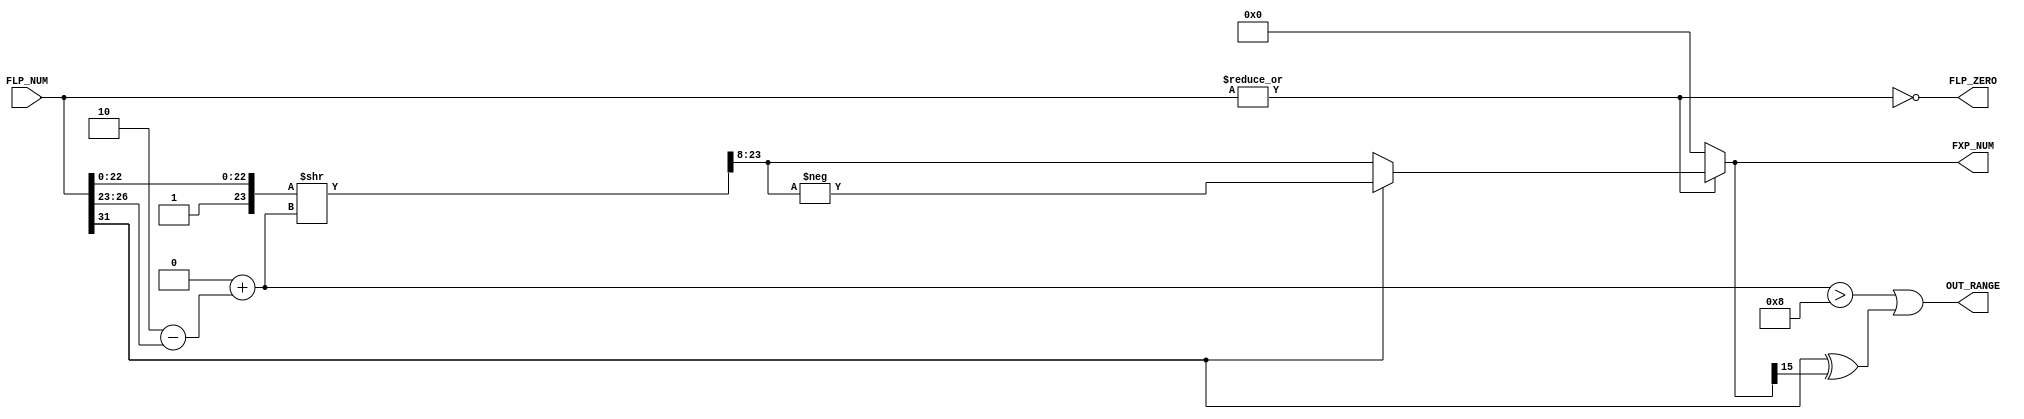
`timescale 1ns / 1ps
//////////////////////////////////////////////////////////////////////////////////
// Company: 
// Engineer: 
// 
// Design Name: 
// Module Name: float_to_fixed_converter
// Project Name: 
// Target Devices: 
// Tool Versions: 
// Description: 
// 
// Dependencies: 
// 
// Revision:
// Revision 0.01 - File Created
// Additional Comments:
// 
//////////////////////////////////////////////////////////////////////////////////


module float_to_fixed_converter
#(
  parameter C_FXP_WIDTH = 16,
  parameter C_FXP_POINT = 12,
  parameter C_FLP_WIDTH = 32
)(
  input [C_FLP_WIDTH-1:0]         FLP_NUM,
  output signed [C_FXP_WIDTH-1:0] FXP_NUM,
  output                          OUT_RANGE,
  output                          FLP_ZERO
);
//----------------------------------------------
//-- Local Parameters Definitions
//----------------------------------------------
localparam C_FLP_EXP_WIDTH      = 8;
localparam C_FLP_MANT_WIDTH     = 23;
localparam C_LOD_OUT_WIDTH      = $clog2(C_FXP_WIDTH);
localparam C_FLP_EXP_BIAS       = 2**(C_FLP_EXP_WIDTH-1);
localparam C_FXP_INT_OFFSET     = C_FXP_WIDTH - C_FXP_POINT - 2;
localparam C_FXP_INT_WIDTH      = C_FXP_WIDTH - C_FXP_POINT;
localparam C_FLP_EXP_LIMIT      = 2**(C_FXP_INT_WIDTH-1);

//----------------------------------------------
//-- Signals Definition
//----------------------------------------------
wire [C_FLP_EXP_WIDTH-1:0]    flp_exp;
wire [C_FLP_MANT_WIDTH:0]     flp_mantisa,
                              flp_shifted_mantisa;
wire [C_LOD_OUT_WIDTH-1:0]    fxp_leading_one;
wire signed [C_FXP_WIDTH-1:0] fxp_shifted;
wire signed [C_FXP_WIDTH-1:0] fxp_signed;

//----------------------------------------------
//-- Behavioral
//----------------------------------------------
// Calculate Shift Amount
assign flp_exp          = FLP_NUM[C_FLP_WIDTH-1:C_FLP_WIDTH-C_FLP_EXP_WIDTH-1];
assign flp_mantisa      = {1'b1,FLP_NUM[0+:C_FLP_MANT_WIDTH]};
assign fxp_leading_one  = C_FLP_EXP_BIAS + (C_FXP_INT_OFFSET - flp_exp);

// Extract Mantisa
assign flp_shifted_mantisa  = flp_mantisa >> fxp_leading_one;
assign fxp_shifted          = flp_shifted_mantisa[C_FLP_MANT_WIDTH-:C_FXP_WIDTH];

// Operate Sign and Output Signed Fixed-Point
assign fxp_signed   = (FLP_NUM[C_FLP_WIDTH-1]) ? -fxp_shifted : fxp_shifted;
assign FXP_NUM      = (|FLP_NUM) ? fxp_signed : {C_FXP_WIDTH{1'b0}};
assign FLP_ZERO     = ~|FLP_NUM;

// Calculate Out of Range
assign OUT_RANGE = (fxp_leading_one > C_FLP_EXP_LIMIT) || (FLP_NUM[C_FLP_WIDTH-1] ^ FXP_NUM[C_FXP_WIDTH-1]);

endmodule